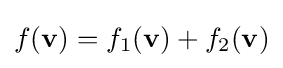
f(\mathbf {v} )=f_{1}(\mathbf {v} )+f_{2}(\mathbf {v} )